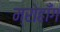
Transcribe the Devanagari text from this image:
म्रोहाँग